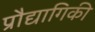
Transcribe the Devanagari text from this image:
प्रौद्यागिकी